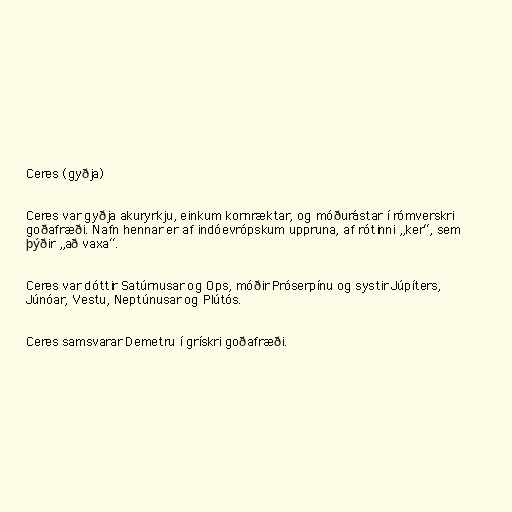
Ceres (gyðja)

Ceres var gyðja akuryrkju, einkum kornræktar, og móðurástar í rómverskri
goðafræði. Nafn hennar er af indóevrópskum uppruna, af rótinni „ker“, sem
þýðir „að vaxa“.

Ceres var dóttir Satúrnusar og Ops, móðir Próserpínu og systir Júpíters,
Júnóar, Vestu, Neptúnusar og Plútós.

Ceres samsvarar Demetru í grískri goðafræði.